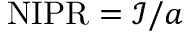
\mathrm { { N I P R } } = \mathcal { I } / a